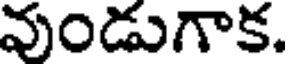
వుండుగాక.